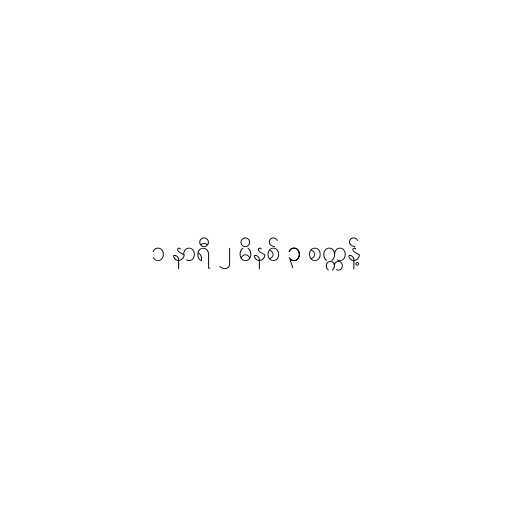
၁ နာရီ ၂ မိနစ် ၃ စက္ကန့်